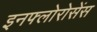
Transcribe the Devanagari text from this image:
इनफ्लोरोसेंस